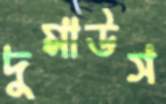
দুমাউস